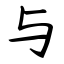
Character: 与